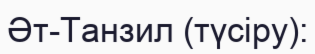
Әт-Танзил (түсіру):